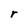
Character: r